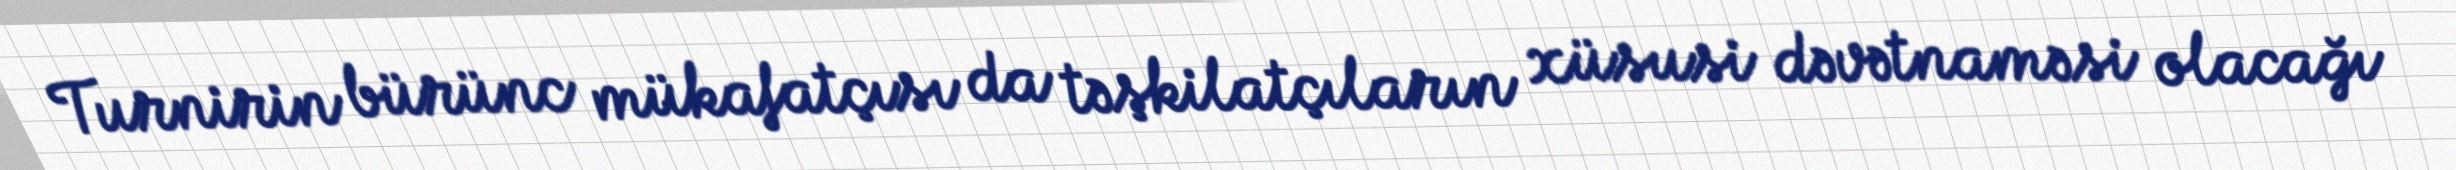
Turnirin bürünc mükafatçısı da təşkilatçıların xüsusi dəvətnaməsi olacağı